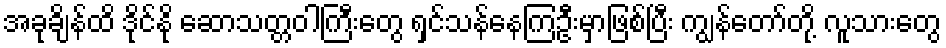
အခုချိန်ထိ ဒိုင်နို ဆောသတ္တဝါကြီးတွေ ရှင်သန်နေကြဦးမှာဖြစ်ပြီး ကျွန်တော်တို့ လူသားတွေ